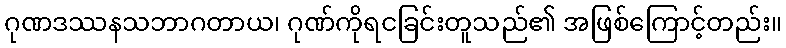
ဂုဏဒဿနသဘာဂတာယ၊ ဂုဏ်ကိုရငခြင်းတူသည်၏ အဖြစ်ကြောင့်တည်း။